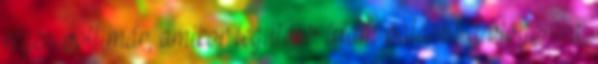
régen volt már, amikor legutóbb írtam valamit a blogomra.